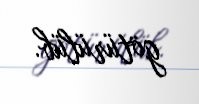
götürülüb.